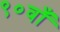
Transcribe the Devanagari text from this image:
९०वाँ